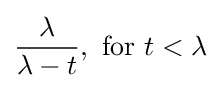
{\frac {\lambda }{\lambda -t}},{\text{ for }}t<\lambda